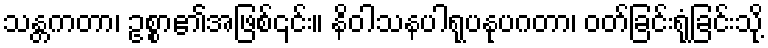
သန္တကတာ၊ ဥစ္စာ၏အဖြစ်၎င်း။ နိဝါသနပါရုပနုပဂတာ၊ ဝတ်ခြင်းရုံခြင်းသို့